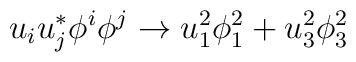
u_iu_j^* \phi^i\phi^j \rightarrow u_1^2\phi^2_1+u_3^2\phi_3^2